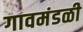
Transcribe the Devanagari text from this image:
गावमंडळी